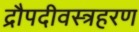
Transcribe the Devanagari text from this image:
द्रौपदीवस्त्रहरण